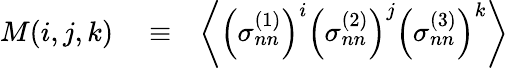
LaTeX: \begin{array}{rlr}{M(i,j,k)}&{{}\equiv}&{\left\langle\left(\sigma_{nn}^{(1)}\right)^{i}\left(\sigma_{nn}^{(2)}\right)^{j}\left(\sigma_{nn}^{(3)}\right)^{k}\right\rangle}\end{array}